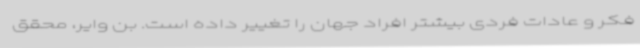
فکر و عادات فردی بیشتر افراد جهان را تغییر داده است. بن وایر، محقق